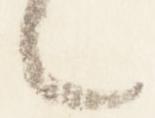
言